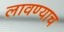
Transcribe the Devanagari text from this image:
लावण्याच